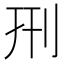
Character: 𠛬